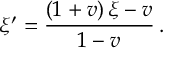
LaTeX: \xi ^ { \prime } = \frac { \left( 1 + v \right) \xi - v } { 1 - v } \, .